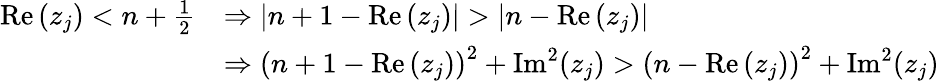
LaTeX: \begin{array}{rl}{\operatorname{Re}\left(z_{j}\right)<n+\frac{1}{2}}&{\Rightarrow\left|n+1-\operatorname{Re}\left(z_{j}\right)\right|>\left|n-\operatorname{Re}\left(z_{j}\right)\right|}\\ &{\Rightarrow\left(n+1-\operatorname{Re}\left(z_{j}\right)\right)^{2}+\operatorname{Im}^{2}(z_{j})>\left(n-\operatorname{Re}\left(z_{j}\right)\right)^{2}+\operatorname{Im}^{2}(z_{j})}\end{array}